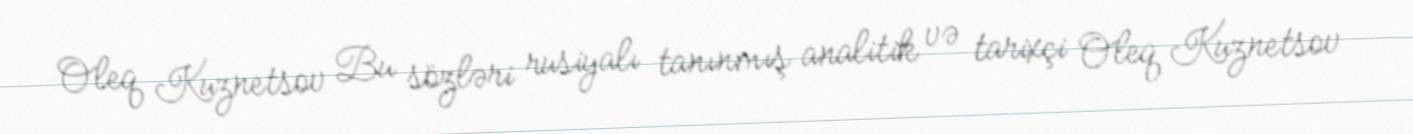
Oleq Kuznetsov Bu sözləri rusiyalı tanınmış analitik və tarixçi Oleq Kuznetsov